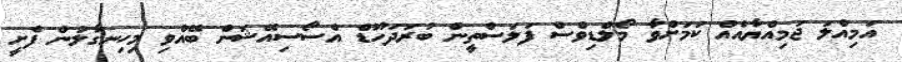
އަމިއްލަ ޖަމިއްޔާއެއް ކަމަށްވާ މޯލްޑިވްސް ފަލަސްތީން ބުރަދަހޫޑް އެސޯސިއޭޝަން ބޭއްވި މިހިނގާލުން ފެށީ